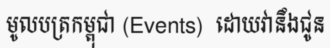
មូលបត្រកម្ពុជា (Events)  ដោយវានឹងជូន